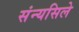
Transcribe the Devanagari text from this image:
संन्यसिले